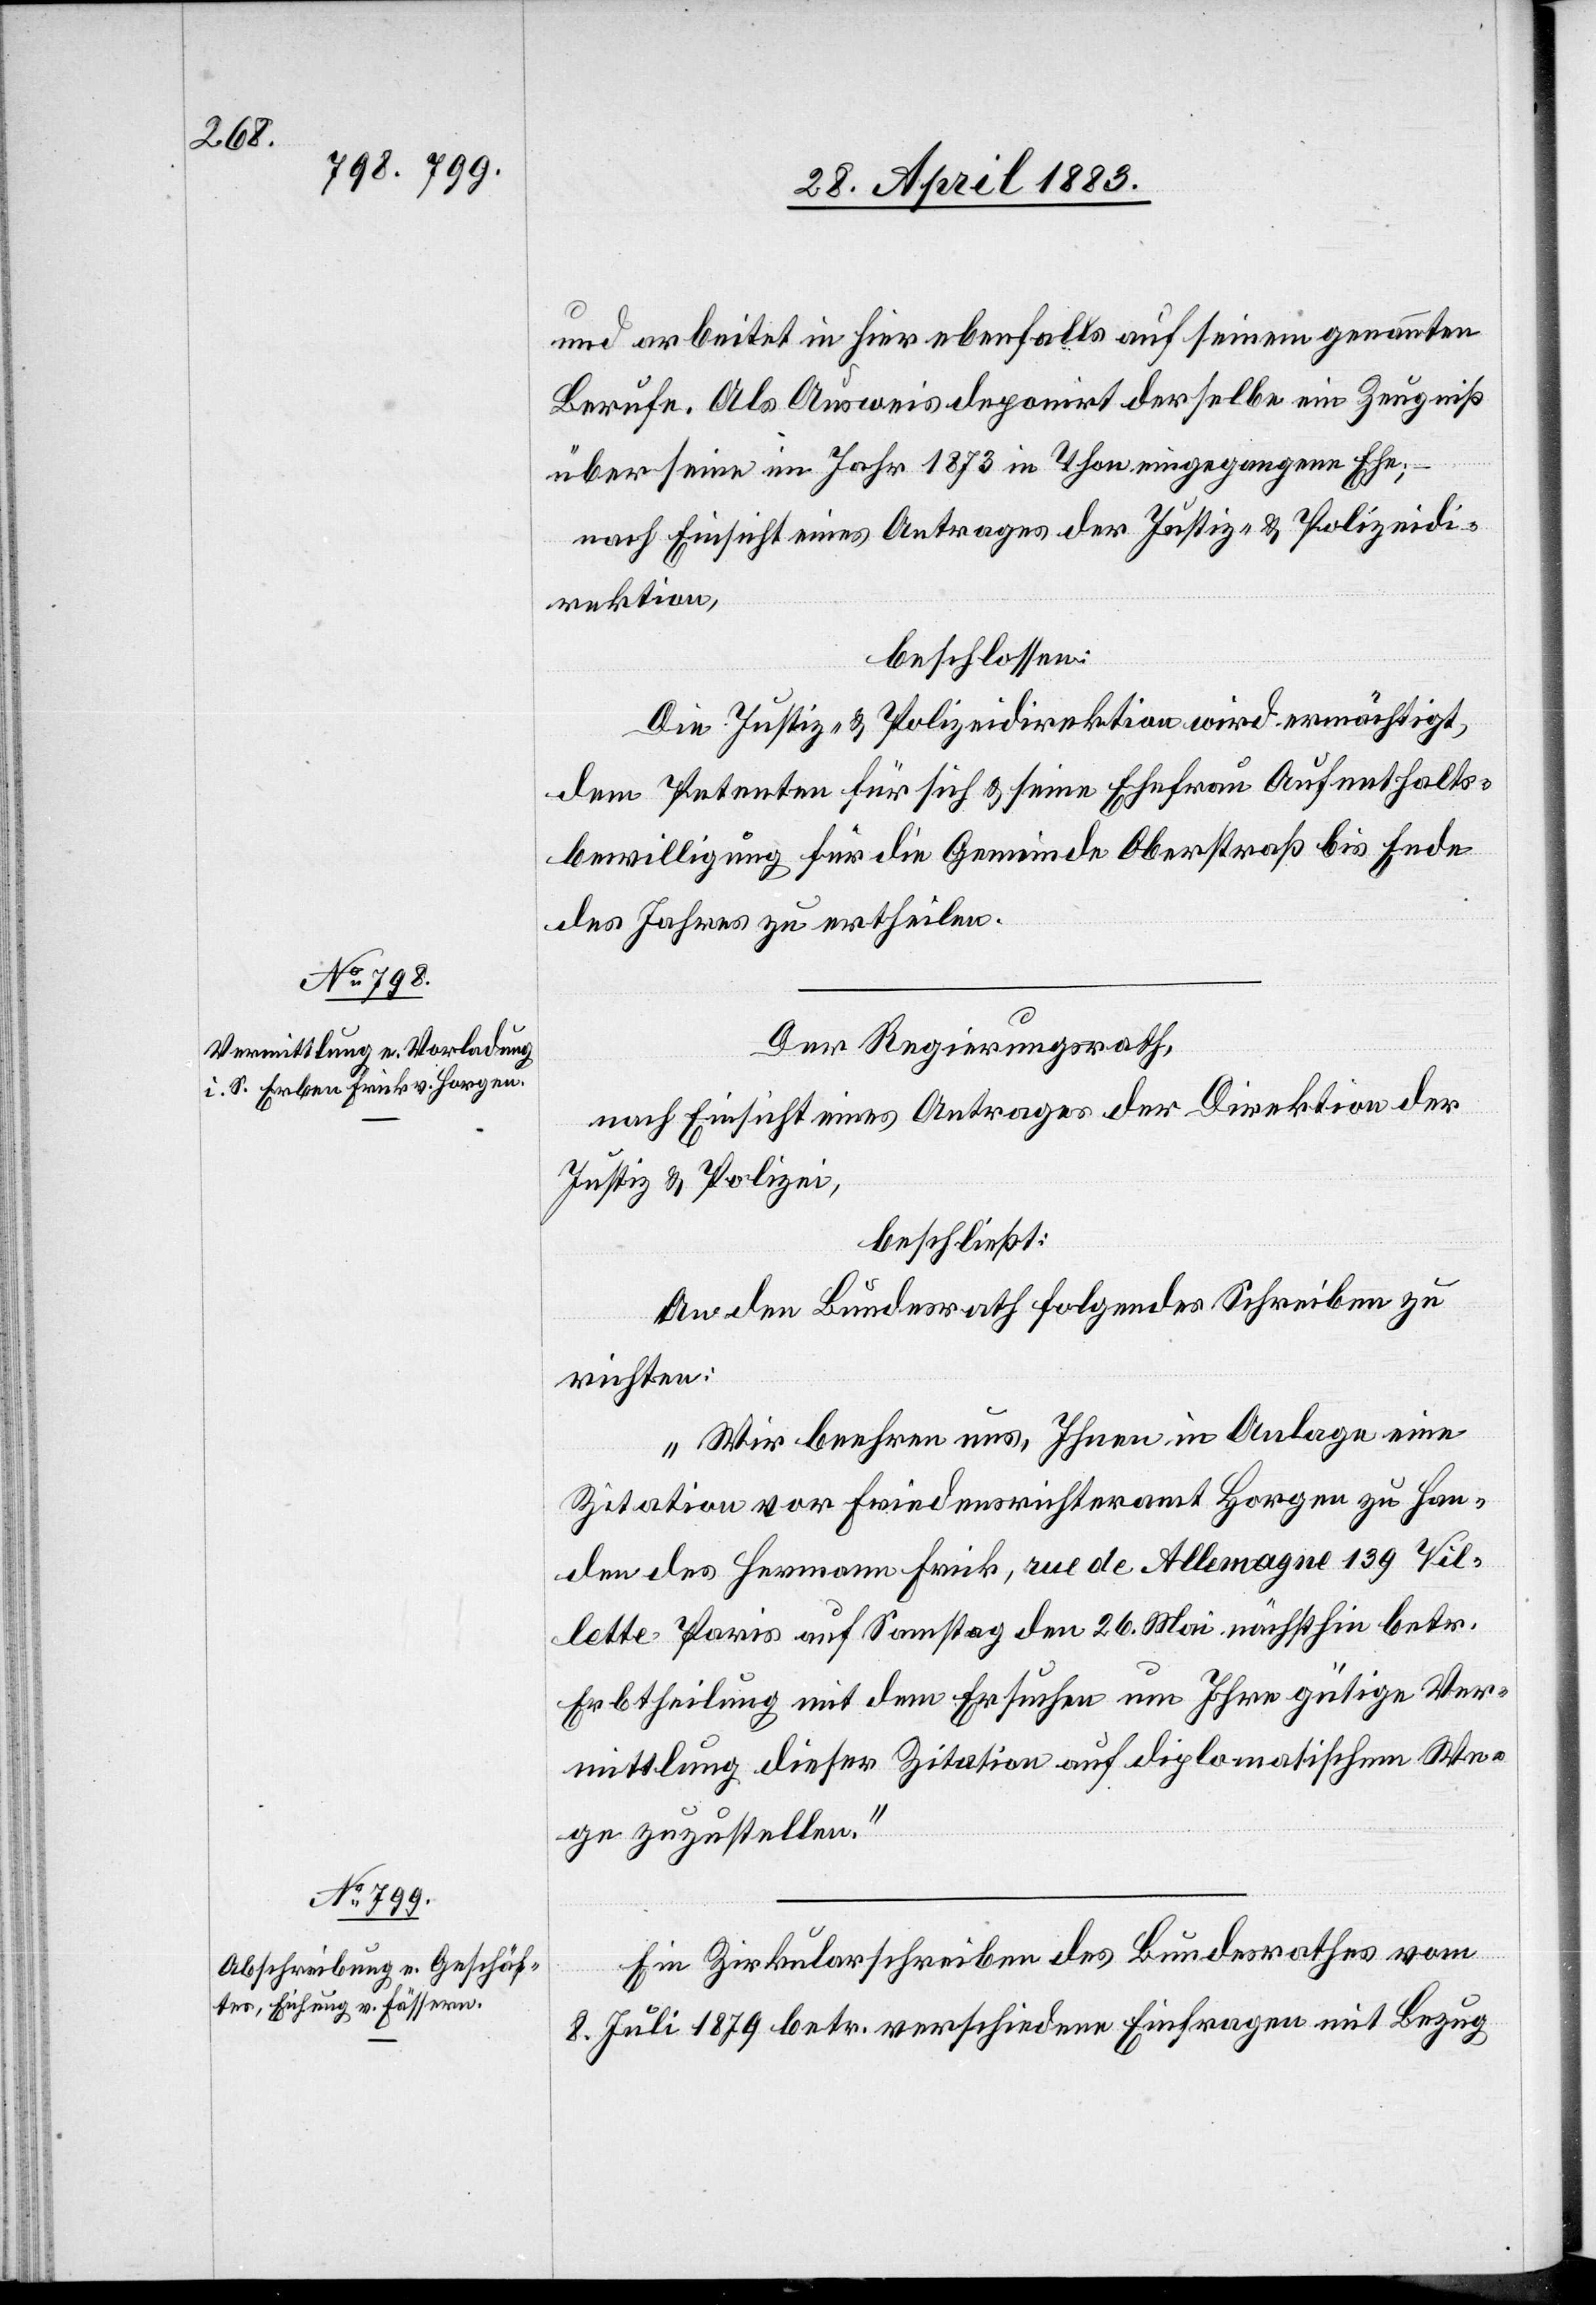
und arbeitet in hier ebenfalls auf seinem genannten
Berufe. Als Ausweis deponirt derselbe ein Zeugniß
über seine im Jahr 1873 in Thon [sic!] eingegangene Ehe;
nach Einsicht eines Antrages der Justiz- & Polizeidi¬
rektion,
beschlossen:
Die Justiz- & Polizeidirektion wird ermächtigt,
dem Petenten für sich & seine Ehefrau Aufenthalts¬
bewilligung für die Gemeinde Oberstraß bis Ende
des Jahres zu ertheilen.
Der Regierungsrath,
nach Einsicht eines Antrages der Direktion der
Justiz & Polizei,
beschließt:
An den Bundesrath folgendes Schreiben zu
richten:
„Wir beehren uns, Ihnen in Anlage eine
Zitation vom Friedensrichteramt Horgen zu Han¬
den des Hermann Frick, rue de Allemagne 139, Vil¬
lette Paris auf Samstag den 26. Mai nächsthin betr.
Erbtheilung mit dem Ersuchen um Ihre gütige Ver¬
mittlung dieser Zitation auf diplomatischem We¬
ge zuzustellen.“
Ein Zirkularschreiben des Bundesrathes vom
8. Juli 1879 betr. verschiedene Einfragen mit Bezug